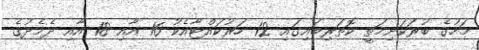
މަހުގެ ބުރަކަށިމަތީ ކޮތަރިބައިގައި 12 ހަރުކައްޓާއެކު 16 އާއި 18 އާއި ދެމެދުގެ